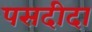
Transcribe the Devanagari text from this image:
पसदीदा